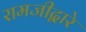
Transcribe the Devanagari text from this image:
रामजीद्वारे